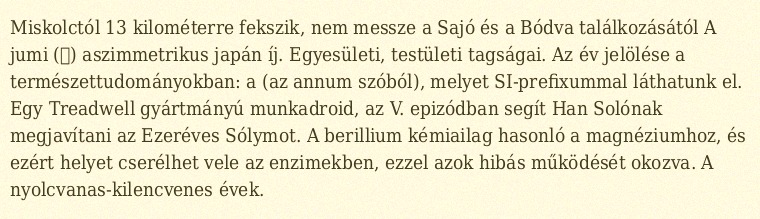
Miskolctól 13 kilométerre fekszik, nem messze a Sajó és a Bódva találkozásától A jumi (弓) aszimmetrikus japán íj. Egyesületi, testületi tagságai. Az év jelölése a természettudományokban: a (az annum szóból), melyet SI-prefixummal láthatunk el. Egy Treadwell gyártmányú munkadroid, az V. epizódban segít Han Solónak megjavítani az Ezeréves Sólymot. A berillium kémiailag hasonló a magnéziumhoz, és ezért helyet cserélhet vele az enzimekben, ezzel azok hibás működését okozva. A nyolcvanas-kilencvenes évek.